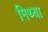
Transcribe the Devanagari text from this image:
मिथ्‍या